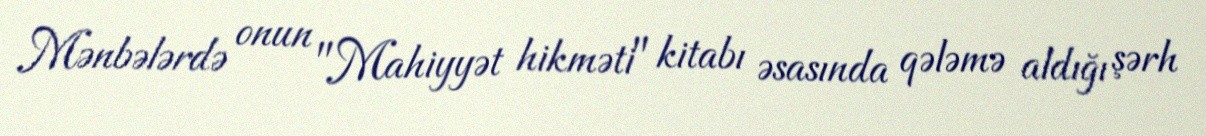
Mənbələrdə onun "Mahiyyət hikməti" kitabı əsasında qələmə aldığı şərh